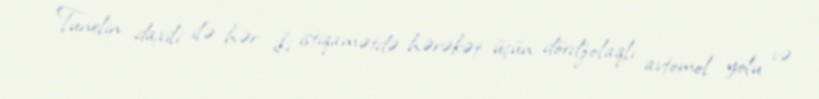
Tunelin daxili ilə hər iki istiqamətdə hərəkət üçün dördzolaqlı avtomol yolu və